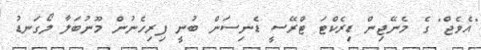
"އެވެޖް" ގެ މެނޭޖިން ޑިރެކްޓަ ޓްރޭސީ ޑެނިސަން ބުނީ ފިރިހެނުން މޫނުބަލާ ލޯގަނޑު